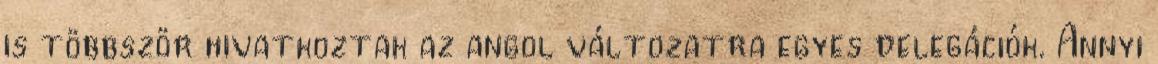
is többször hivatkoztak az angol változatra egyes delegációk. Annyi